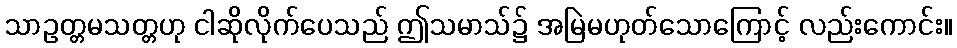
သာဥတ္တမသတ္တဟု ငါဆိုလိုက်ပေသည် ဤသမာသ်၌ အမြဲမဟုတ်သောကြောင့် လည်းကောင်း။